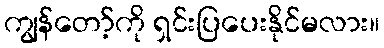
ကျွန်တော့်ကို ရှင်းပြပေးနိုင်မလား။